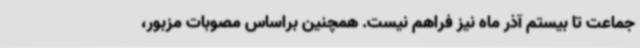
جماعت تا بیستم آذر ماه نیز فراهم نیست. همچنین براساس مصوبات مزبور،